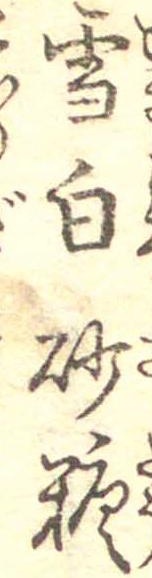
雪白砂糖